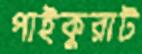
পাইকুরাট